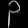
Digit: ၃